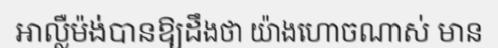
អាល្លឺម៉ង់បានឱ្យដឹងថា យ៉ាងហោចណាស់ មាន